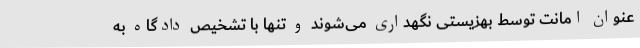
عنوان امانت توسط بهزیستی نگهداری می‌شوند و تنها با تشخیص دادگاه به